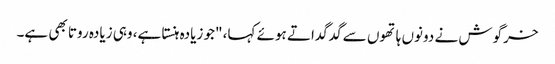
خرگوش نے دونوں ہاتھوں سے گدگداتے ہوئے کہا، "جو زیادہ ہنستا ہے، وہی زیادہ روتا بھی ہے۔